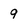
Character: 9